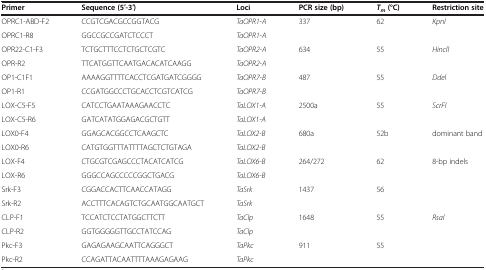
| Primer | Sequence (5′-3′) | Loci | PCR size (bp) | Tm (°C) | Restriction site |
 | --- | --- | --- | --- | --- | --- |
 | OPRC1-ABD-F2 | CCGTCGACGCCGGTACG | TaOPR1-A | 337 | 62 | Kpnl |
 | OPRC1-R8 | GGCCGCCGATCTCCCT | TaOPR1-A |  |  |  |
 | OPR22-C1-F3 | TCTGCTTTCCTCTGCTCGTC | TaOPR2-A | 634 | 55 | Hincll |
 | OPR-R2 | TTCATGGTTCAATGACACATCAAGG | TaOPR2-A |  |  |  |
 | OP1-C1F1 | AAAAGGTTTTCACCTCGATGATCGGGG | TaOPR7-B | 487 | 55 | Ddel |
 | OP1-R1 | CCGATGGCCCTGCACCTCGTCATCG | TaOPR7-B |  |  |  |
 | LOX-C5-F5 | CATCCTGAATAAAGAACCTC | TaLOX1-A | 2500a | 55 | ScrFl |
 | LOX-C5-R6 | GATCATATGGAGACGCTGTT | TaLOX1-A |  |  |  |
 | LOX0-F4 | GGAGCACGGCCTCAAGCTC | TaLOX2-B | 680a | 52b | dominant band |
 | LOX0-R6 | CATGTGGTTTATTTTAGCTCTGTAGA | TaLOX2-B |  |  |  |
 | LOX-F4 | CTGCGTCGAGCCCTACATCATCG | TaLOX6-B | 264/272 | 62 | 8-bp indels |
 | LOX-R6 | GGGCCAGCCCCCGGCTGACG | TaLOX6-B |  |  |  |
 | Srk-F3 | CGGACCACTTCAACCATAGG | TaSrk | 1437 | 56 |  |
 | Srk-R2 | ACCTTTCACAGTCTGCAATGGCAATGCT | TaSrk |  |  |  |
 | CLP-F1 | TCCATCTCCTATGGCTTCTT | TaClp | 1648 | 55 | Rsal |
 | CLP-R2 | GGTGGGGGTTGCCTATCCAG | TaClp |  |  |  |
 | Pkc-F3 | GAGAGAAGCAATTCAGGGCT | TaPkc | 911 | 55 |  |
 | Pkc-R2 | CCAGATTACAATTTTAAAGAGAAG | TaPkc |  |  |  |